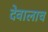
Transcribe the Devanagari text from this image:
देवालाच